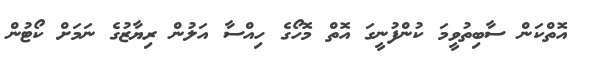
އޮތްކަން ސާބިތުވީމަ ކުންފުނީގަ އޮތް މޮހޯގެ ހިއްސާ އަލުން ރިޔާޒުގެ ނަމަށް ކޯޓުން